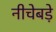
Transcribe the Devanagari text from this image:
नीचेबड़े